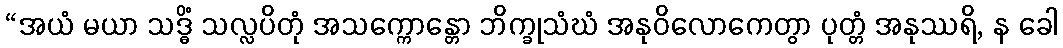
“အယံ မယာ သဒ္ဓိံ သလ္လပိတုံ အသက္ကောန္တော ဘိက္ခုသံဃံ အနုဝိလောကေတွာ ပုတ္တံ အနုဿရိ, န ခေါ